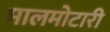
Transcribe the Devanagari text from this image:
मालमोटारी